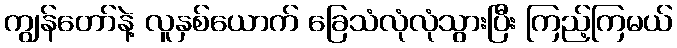
ကျွန်တော်နဲ့ လူနှစ်ယောက် ခြေသံလုံလုံသွားပြီး ကြည့်ကြမယ်